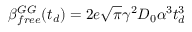
\beta _ { f r e e } ^ { G G } ( t _ { d } ) = 2 e \sqrt { \pi } \gamma ^ { 2 } D _ { 0 } \alpha ^ { 3 } t _ { d } ^ { 3 }